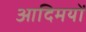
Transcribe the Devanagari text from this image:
आदिमयों